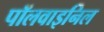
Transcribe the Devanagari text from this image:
पॉलवाइनिल